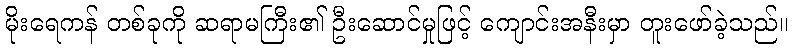
မိုးရေကန် တစ်ခုကို ဆရာမကြီး၏ ဦးဆောင်မှုဖြင့် ကျောင်းအနီးမှာ တူးဖော်ခဲ့သည်။